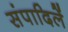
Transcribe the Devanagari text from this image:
संपादिलें